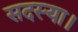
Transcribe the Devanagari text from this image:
सदस्या।